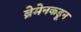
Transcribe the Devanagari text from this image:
ब्रेमेनकडून